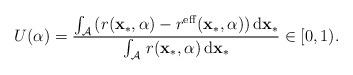
LaTeX: \begin{align*}U(\alpha)=\frac{\int_{\mathcal{A}}\,(r(\mathbf{x}_{*},\alpha)-r^{\mathrm{eff}}(\mathbf{x}_{*},\alpha))\,\mathrm{d}\mathbf{x}_{*}}{\int_{\mathcal{A}}\, r(\mathbf{x}_{*},\alpha)\,\mathrm{d}\mathbf{x}_{*}}\in[0,1).\end{align*}